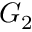
G _ { 2 }